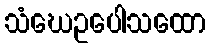
သံဃေဥပေါသထော